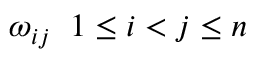
\omega _ { i j } \; \; 1 \leq i < j \leq n